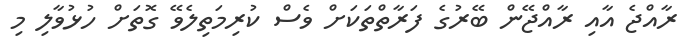
ރާއްޖެ އާއި ރާއްޖޭން ބޭރުގެ ފަރާތްތަކަށް ވެސް ކުރިމަތިލެވޭ ގޮތަށް ހުޅުވާލި މި